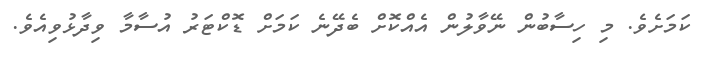
ކަމަށެވެ. މި ހިސާބުން ނޭވާލުން އެއްކޮށް ބެދޭނެ ކަމަށް ޑޮކްޓަރު އުސާމާ ވިދާޅުވިއެވެ.